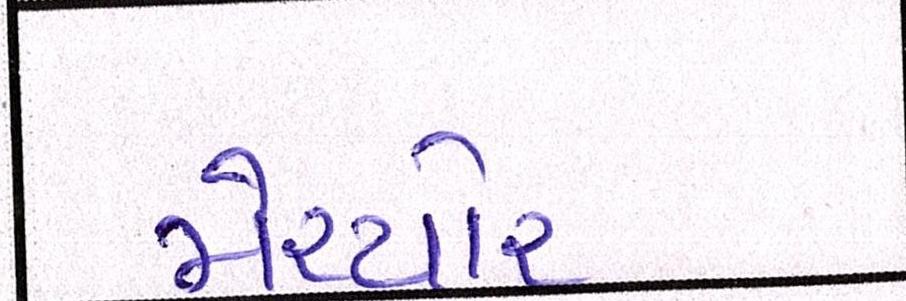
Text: મેચ્યોર